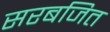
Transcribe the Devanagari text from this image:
सरबजित